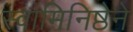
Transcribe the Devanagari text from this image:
स्वामिनिष्ठेने